Report on enteric fever
Disease focus: Fever
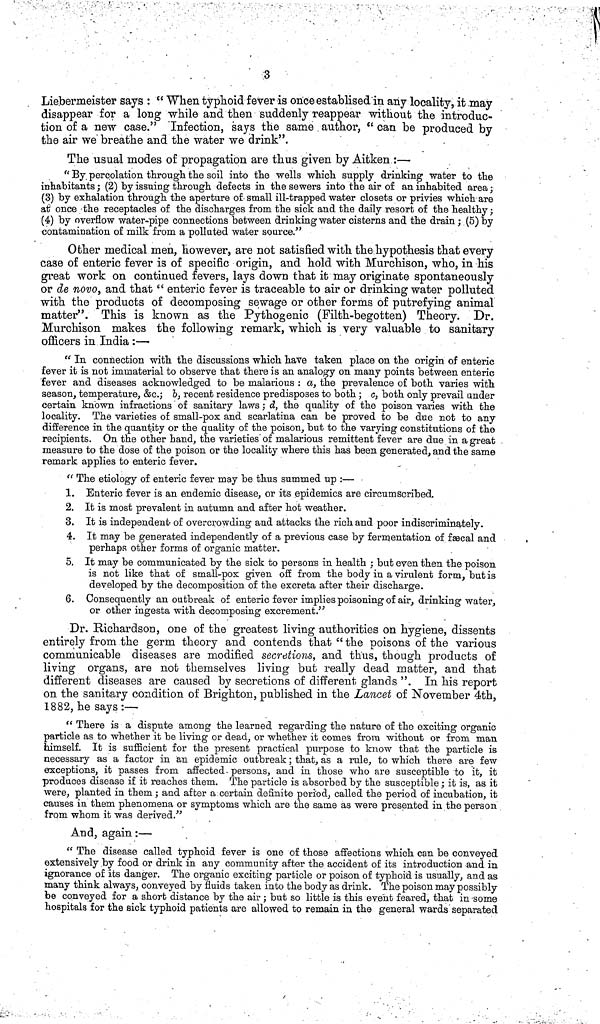
3
Liebermeister says : " When typhoid fever is oriceestablised'in any locality, it may
disappear for a long while and then suddenly reappear without the introduc-
tion of a new case." "Infection, says the same. author, " can be produced by
the air we breathe and the water we drink".
The usual modes of propagation are thus given by Aitken :—
" By. percolation through the soil into the wells which supply drinking water to the
inhabitants; (2) by issuing through defects in the sewers into the air of an inhabited area;
(3) by exhalation through the aperture of small ill-trapped water closets or privies which are
at once the receptacles of the discharges from the sick and the daily resort of the healthy;
(4) by overflow water-pipe connections between drinking water cisterns and the drain; (5) by
contamination of milk from a polluted water source."
Other medical men, however, are not satisfied with the hypothesis that every
case of enteric fever is of specific origin, and hold with Murchison, who, in his
great work on continued fevers, lays down that it may originate spontaneously
or de novo, and that " enteric fever is traceable to air or drinking water polluted
with the products of decomposing sewage or other forms of putrefying animal
matter". This is known as the Pythogenic (Filth-begotten) Theory. Dr.
Murchison makes the following remark, which is very valuable to sanitary
officers in India :—
" In connection with the discussions which have taken place on the origin of enteric
fever it is not immaterial to observe that there is an analogy on many points between enteric
fever and diseases acknowledged to be malarious : a, the prevalence of both varies with
season, temperature, &c.; b, recent residence predisposes to both; c, both only prevail under
certain known infractions of sanitary laws; d, the quality of the poison varies with the
locality. The varieties of small-pox and scarlatina can be proved to be due not to any
difference in the quantity or the quality of the poison, but to the varying constitutions of the
recipients. On the other hand, the varieties' of malarious remittent fever are due in a great
measure to the dose of the poison or the locality where this has been generated, and the same
remark applies to enteric fever.
" The etiology of enteric fever may be thus summed up :—
1. Enteric fever is an endemic disease, or its epidemics are circumscribed.
2. It is most prevalent in autumn and after hot weather.
3. It is independent of overcrowding and attacks the rich and poor indiscriminately.
4. It may be generated independently of a previous case by fermentation of fæcal and
perhaps other forms of organic matter.
5. It may be communicated by the sick to persons in health ; but even then the poison
is not like that of small-pox given off from the body in a virulent form, but is
developed by the decomposition of the excreta after their discharge.
6. Consequently an outbreak of enteric fever implies poisoning of air, drinking water,
or other ingesta with decomposing excrement."
Dr. Richardson, one of the greatest living authorities on hygiene, dissents
entirely from the germ theory and contends that " the poisons of the various
communicable diseases are modified secretions, and thus, though products of
living organs, are not themselves living but really dead matter, and that
different diseases are caused by secretions of different glands ". In his report
on the sanitary condition of Brighton, published in the Lancet of November 4th,
1882, he says :—
" There is a dispute among the learned regarding the nature of the exciting organic
particle as to whether it be living or dead, or whether it comes from without or from man
himself. It is sufficient for the present practical purpose to know that the particle is
necessary as a factor in an epidemic outbreak; that, as a rule, to which there are few
exceptions, it passes from affected. persons, and in those who are susceptible to it, it
produces disease if it reaches them. The particle is absorbed by the susceptible; it is, as it
were, planted in them; and after a certain definite period, called the period of incubation, it
causes in them phenomena or symptoms which are the same as were presented in the person
from whom it was derived."
And, again:—
" The disease called typhoid fever is one of those affections which can be conveyed
extensively by food or drink in any community after the accident of its introduction and in
ignorance of its danger. The organic exciting particle or poison of typhoid is usually, and as
many think always, conveyed by fluids taken into the body as drink. The poison may possibly
be conveyed for a short distance by the air; but so little is this event feared, that in some
hospitals for the sick typhoid patients are allowed to remain in the general wards separated